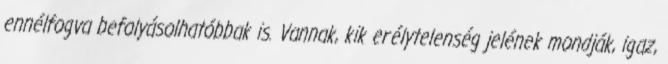
ennélfogva befolyásolhatóbbak is. Vannak, kik erélytelenség jelének mondják, igaz,